Scottish Leaving Certificate Examination, 1958
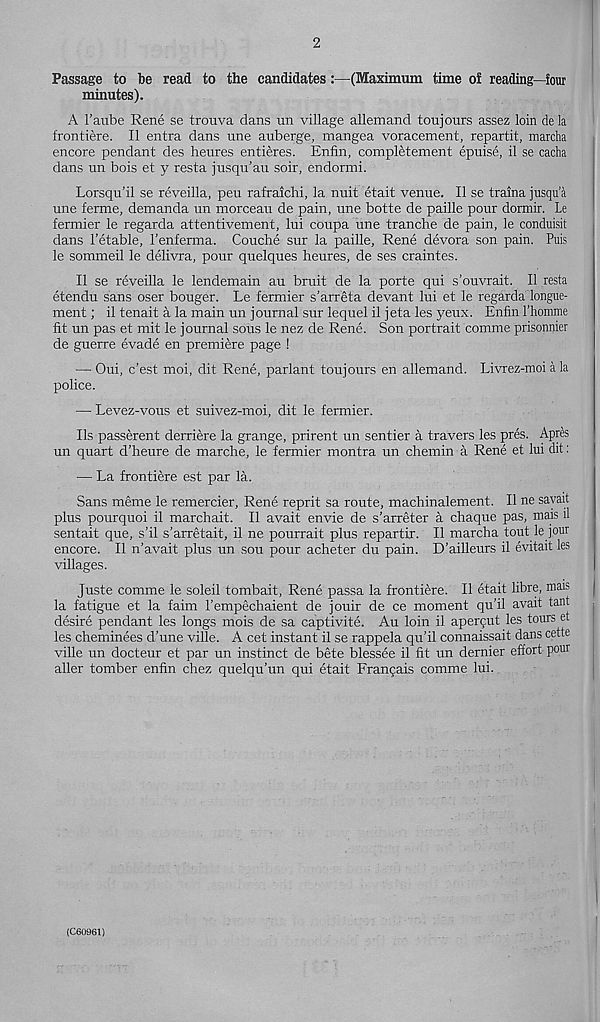
2
Passage to be read to the candidates :—(Maximum time of reading—four
minutes).
A 1’aube Rene se trouva dans un village allemand toujours assez loin de la
frontiere. II entra dans une auberge, mangea voracement, repartit, marcha
encore pendant des heures entieres. Enfin, completement epuise, il se cacha
dans un bois et y resta jusqu’au soir, endormi.
Lorsqu’il se reveilla, peu rafraichi, la nuit etait venue. II se traina jusqu a
une ferme, demanda un morceau de pain, une botte de paille pour dormir. Le
fermier le regarda attentivement, lui coupa une tranche de pain, le conduisit
dans 1’etable, I’enferma. Couche sur la paille, Rene devora son pain. Puis
le sommeil le delivra, pour quelques heures, de ses craintes.
II se reveilla le lendemain au bruit de la porte qui s’ouvrait. II resta
etendu sans oser bouger. Le fermier s’arreta devant lui et le regarda longue-
ment; il tenait a la main un journal sur lequel il jeta les yeux. Enfin rhomirie
fit un pas et mit le journal sous le nez de Rene. Son portrait comme prisonnier
de guerre evade en premiere page !
— Oui, c’est moi, dit Rene, parlant toujours en allemand. Livrez-moi a la
police.
— Levez-vous et suivez-moi, dit le fermier.
Ils passerent derriere la grange, prirent un sentier a travers les pres. Apres
un quart d’heure de marche, le fermier montra un chemin a Rene et lui dit:
— La frontiere est par la.
Sans meme le remercier, Rene reprit sa route, machinalement. Il ne sayait
plus pourquoi il marchait. Il avait envie de s'arreter a chaque pas, mais il
sentait que, s’il s’arretait, il ne pourrait plus repartir. Il marcha tout le jour
encore. Il n’avait plus un sou pour acheter du pain. D’ailleurs il evitait les
villages.
Juste comme le soleil tombait, Rene passa la frontiere. Il etait libre, mais
la fatigue et la faim I’empechaient de jouir de ce moment qu’il avait taut
desire pendant les longs mois de sa captivite. Au loin il apergut les tours et
les cheminees d’une ville. A cet instant il se rappela qu’il connaissait dans cette
ville un docteur et par un instinct de bete blessee il fit un dernier effort pour
aller tomber enfin chez quelqu’un qui etait Frangais comme lui.
(C60961)